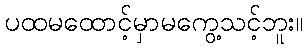
ပထမထောင့်မှာမကွေ့သင့်ဘူး။